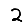
Digit: 2